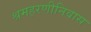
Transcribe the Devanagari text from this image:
श्रमहरणीनिवास